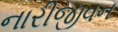
નારીજીવન